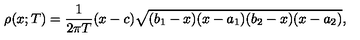
\rho ( x ; T ) = \frac { 1 } { 2 \pi T } ( x - c ) \sqrt { ( b _ { 1 } - x ) ( x - a _ { 1 } ) ( b _ { 2 } - x ) ( x - a _ { 2 } ) } ,